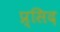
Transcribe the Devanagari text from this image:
प्र्सिद